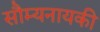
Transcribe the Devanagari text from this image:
सौम्यनायकी